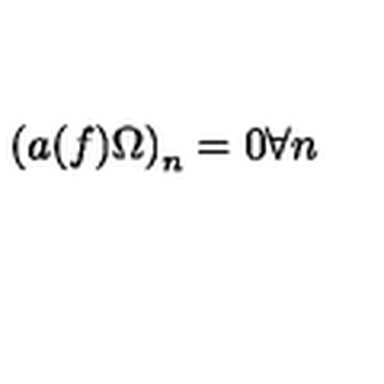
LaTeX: \left( a ( f ) \Omega \right) _ { n } = 0 \forall n